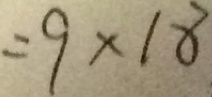
= 9 \times 1 8